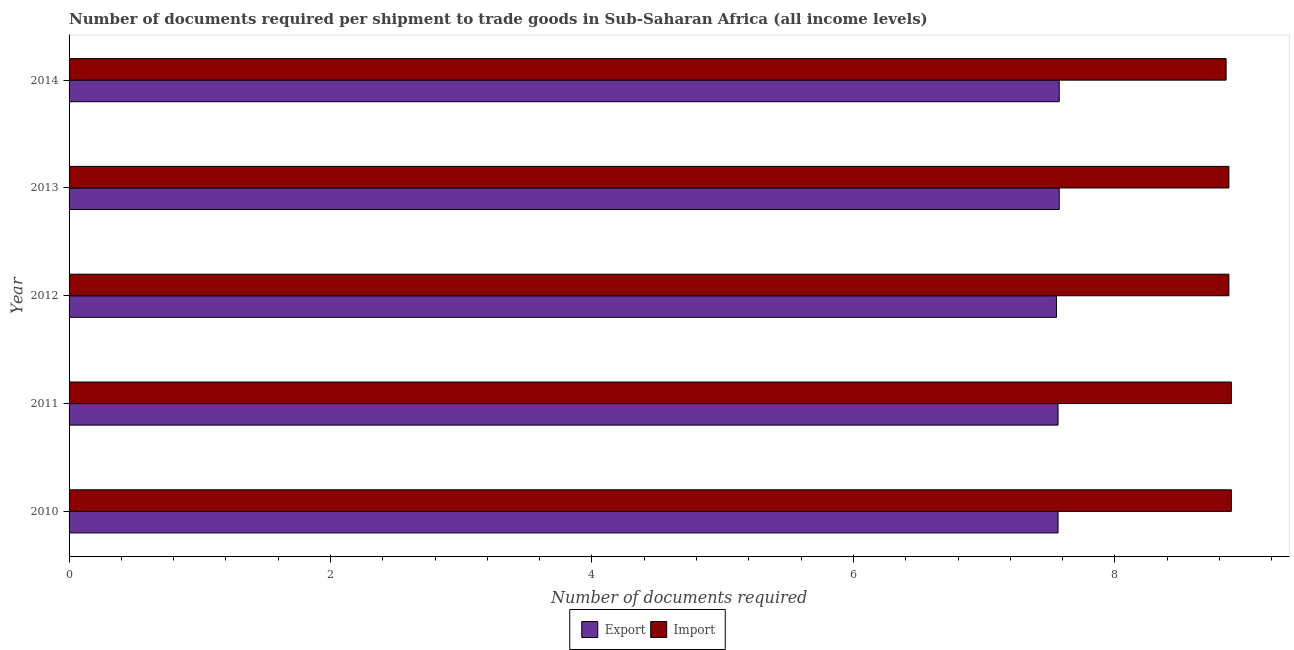
| Year | Export | Import |
 | --- | --- | --- |
 | 2010 | 7.57 | 8.89 |
 | 2011 | 7.57 | 8.89 |
 | 2012 | 7.55 | 8.87 |
 | 2013 | 7.57 | 8.87 |
 | 2014 | 7.57 | 8.85 |